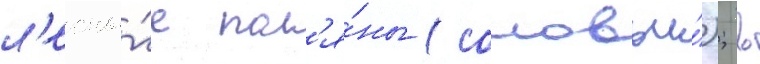
л'есны́е пол'я́ны (соловьи́); в